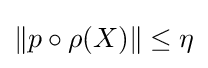
\lVert p\circ \rho (X)\rVert \leq \eta